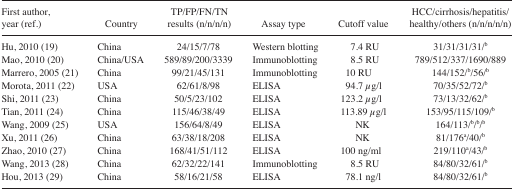
<table><thead><tr><td><b>First author, year (ref.)</b></td><td><b>Country</b></td><td><b>TP/FP/FN/TN results (n/n/n/n)</b></td><td><b>Assay type</b></td><td><b>Cutoff value</b></td><td><b>HCC/cirrhosis/hepatitis/healthy/others (n/n/n/n/n)</b></td></tr></thead><tbody><tr><td>Hu, 2010 (19)</td><td>China</td><td>24/15/7/78</td><td>Western blotting</td><td>7.4 RU</td><td>31/31/31/31/b</td></tr><tr><td>Mao, 2010 (20)</td><td>China/USA</td><td>589/89/200/3339</td><td>Immunoblotting</td><td>8.5 RU</td><td>789/512/337/1690/889</td></tr><tr><td>Marrero, 2005 (21)</td><td>China</td><td>99/21/45/131</td><td>Immunoblotting</td><td>10 RU</td><td>144/152/b/56/b</td></tr><tr><td>Morota, 2011 (22)</td><td>USA</td><td>62/61/8/98</td><td>ELISA</td><td>94.7 μg/l</td><td>70/35/52/72/b</td></tr><tr><td>Shi, 2011 (23)</td><td>China</td><td>50/5/23/102</td><td>ELISA</td><td>123.2 μg/l</td><td>73/13/32/62/b</td></tr><tr><td>Tian, 2011 (24)</td><td>China</td><td>115/46/38/49</td><td>ELISA</td><td>113.89 μg/l</td><td>153/95/115/109/b</td></tr><tr><td>Wang, 2009 (25)</td><td>USA</td><td>156/64/8/49</td><td>ELISA</td><td>NK</td><td>164/113/b/b/b</td></tr><tr><td>Xu, 2011 (26)</td><td>China</td><td>63/38/18/208</td><td>ELISA</td><td>NK</td><td>81/176a/40/b</td></tr><tr><td>Zhao, 2010 (27)</td><td>China</td><td>168/41/51/112</td><td>ELISA</td><td>100 ng/ml</td><td>219/110a/43/b</td></tr><tr><td>Wang, 2013 (28)</td><td>China</td><td>62/32/22/141</td><td>Immunoblotting</td><td>8.5 RU</td><td>84/80/32/61/b</td></tr><tr><td>Hou, 2013 (29)</td><td>China</td><td>58/16/21/58</td><td>ELISA</td><td>78.1 ng/l</td><td>84/80/32/61/b</td></tr></tbody></table>